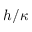
h / \kappa